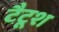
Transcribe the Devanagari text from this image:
टैटूश